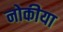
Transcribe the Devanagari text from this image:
नोकीया